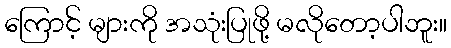
ကြောင့် များကို အသုံးပြုဖို့ မလိုတော့ပါဘူး။